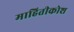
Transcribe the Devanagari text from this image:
माहितीकोश